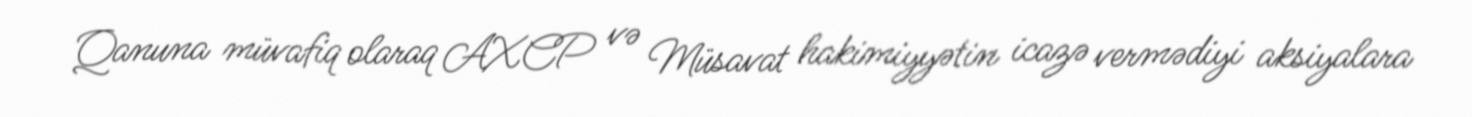
Qanuna müvafiq olaraq AXCP və Müsavat hakimiyyətin icazə vermədiyi aksiyalara